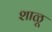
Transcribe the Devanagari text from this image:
शाळू